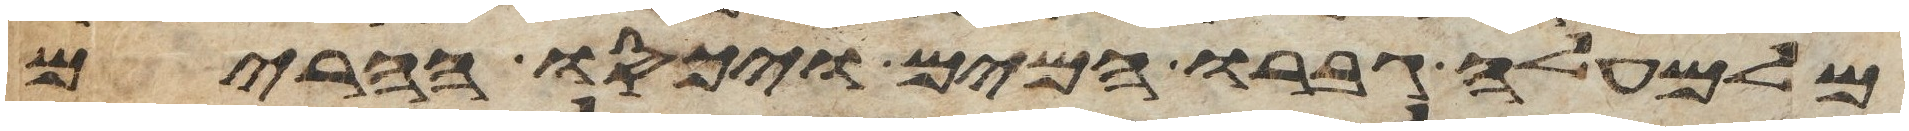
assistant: מלמעלה גברו המים ויכסו ההרים